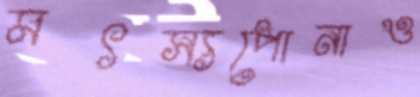
মৎস্যপোনাও